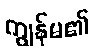
ကျွန်မ၏